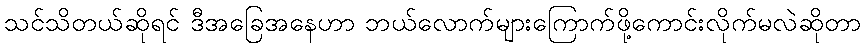
သင်သိတယ်ဆိုရင် ဒီအခြေအနေဟာ ဘယ်လောက်များကြောက်ဖို့ကောင်းလိုက်မလဲဆိုတာ